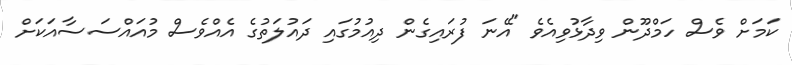
ކަމަށް ވެސް ހަމްދޫން ވިދާޅުވިއެވެ "އޭނަ ފުރައިގެން ދިއުމުގައި ދައުލަތުގެ އެއްވެސް މުއައްސަސާއަކަށް